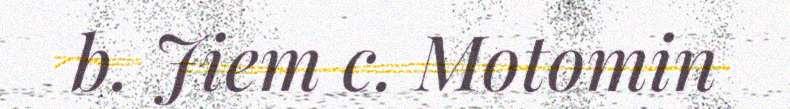
b. Jiem c. Motomin